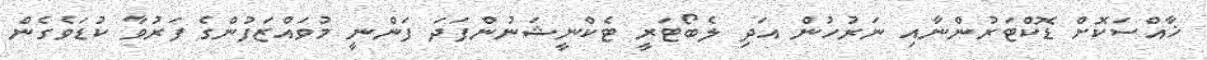
ޚާއްސަކޮށް ޑޮކްޓަރުންނާއި ނަރުހުން އަދި ލެބޯޓަރީ ޓެކްނީޝަނުންފަދަ ފަންނީ މުވައްޒަފުންގެ ފަރުވާ ކުޑަވެގެން